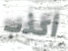
أكذب